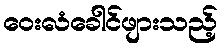
ဝေးလံခေါင်ဖျားသည့်